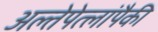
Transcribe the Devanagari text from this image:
अल्तेपेत्लांपैकी